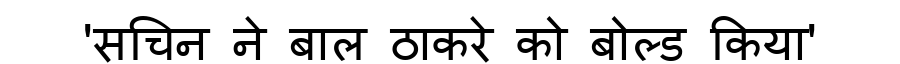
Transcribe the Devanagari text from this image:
'सचिन ने बाल ठाकरे को बोल्ड किया'